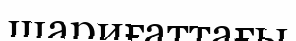
шариғаттағы